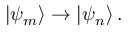
| \psi _ { m } \rangle \rightarrow | \psi _ { n } \rangle \, .